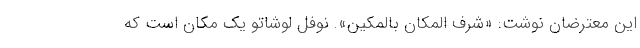
این معترضان نوشت: «‌شرف المکان بالمکین». نوفل لوشاتو یک مکان است که